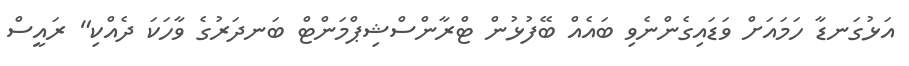
އަޅުގަނޑާ ހަމައަށް ވަޑައިގެންނެވި ބައެއް ބޭފުޅުން ޓްރާންސްޝިޕްމަންޓް ބަނދަރުގެ ވާހަކަ ދެއްކި" ރައީސް